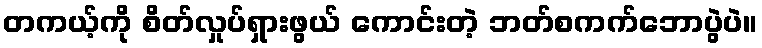
တကယ့်ကို စိတ်လှုပ်ရှားဖွယ် ကောင်းတဲ့ ဘတ်စကက်ဘောပွဲပဲ။